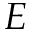
E